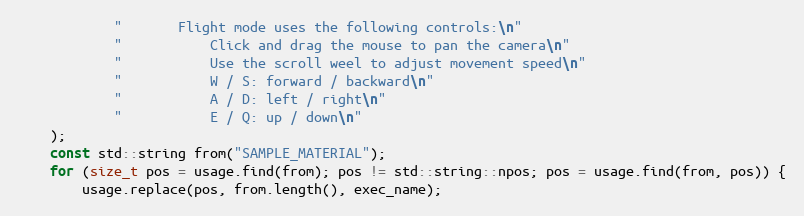
Language: C++
            "       Flight mode uses the following controls:\n"
            "           Click and drag the mouse to pan the camera\n"
            "           Use the scroll weel to adjust movement speed\n"
            "           W / S: forward / backward\n"
            "           A / D: left / right\n"
            "           E / Q: up / down\n"
    );
    const std::string from("SAMPLE_MATERIAL");
    for (size_t pos = usage.find(from); pos != std::string::npos; pos = usage.find(from, pos)) {
        usage.replace(pos, from.length(), exec_name);